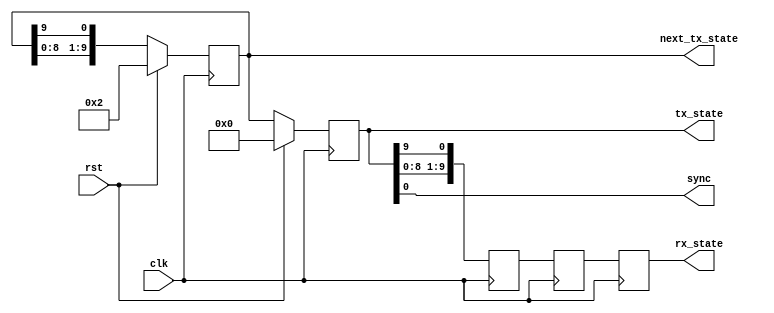
/*
 * SMII sync generation module
 * 
 * Generate sync to PHY, and for internal statemachines
 * 
 * Julius Baxter, julius.baxter@orsoc.se
 * 
 */
//////////////////////////////////////////////////////////////////////
////                                                              ////
//// Copyright (C) 2009, 2010 Authors and OPENCORES.ORG           ////
////                                                              ////
//// This source file may be used and distributed without         ////
//// restriction provided that this copyright statement is not    ////
//// removed from the file and that any derivative work contains  ////
//// the original copyright notice and the associated disclaimer. ////
////                                                              ////
//// This source file is free software; you can redistribute it   ////
//// and/or modify it under the terms of the GNU Lesser General   ////
//// Public License as published by the Free Software Foundation; ////
//// either version 2.1 of the License, or (at your option) any   ////
//// later version.                                               ////
////                                                              ////
//// This source is distributed in the hope that it will be       ////
//// useful, but WITHOUT ANY WARRANTY; without even the implied   ////
//// warranty of MERCHANTABILITY or FITNESS FOR A PARTICULAR      ////
//// PURPOSE.  See the GNU Lesser General Public License for more ////
//// details.                                                     ////
////                                                              ////
//// You should have received a copy of the GNU Lesser General    ////
//// Public License along with this source; if not, download it   ////
//// from http://www.opencores.org/lgpl.shtml                     ////
////                                                              ////
//////////////////////////////////////////////////////////////////////
module smii_sync
  (
   // SMII sync
    output            sync,
   // internal
    output [10:1]     tx_state,
    output [10:1]     next_tx_state,
    output [10:1]     rx_state,

   // clock amd reset
    input 	      clk,
    input 	      rst
   );
   reg [10:1] next_tx_state_r;
   reg [10:1] tx_state_r;
   
   reg [10:1] 	      rx_state_int;
   reg [10:1] 	      rx_state_int2;
   reg [10:1] 	      rx_state_int3;
      
   // sync shall go high every 10:th cycle
   always @ (posedge clk)
     if (rst)
       begin
	  next_tx_state_r <= 10'b0000000010;
	  tx_state_r <= 0;
       end
     else
       begin
	  tx_state_r <= next_tx_state_r;	  
	  next_tx_state_r <= {next_tx_state_r[9:1],next_tx_state_r[10]};
       end
   
   assign tx_state = tx_state_r;
   assign next_tx_state = next_tx_state_r;   
   assign sync = tx_state_r[1];

   always @(posedge clk)
     begin
	rx_state_int <= {tx_state_r[9:1],tx_state_r[10]};
	rx_state_int2 <= rx_state_int;
	rx_state_int3 <= rx_state_int2;
     end
   // rx_state counter is 2 clocks behind tx state due to flops in and out of
   // FPGA
   assign rx_state = rx_state_int3;
   
endmodule // smii_sync